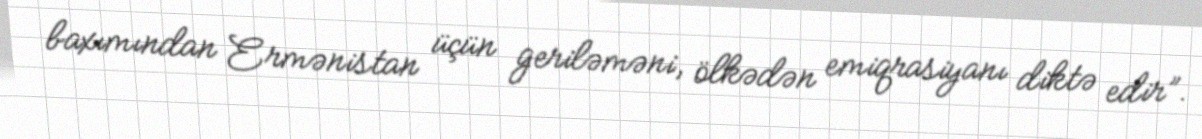
baxımından Ermənistan üçün geriləməni, ölkədən emiqrasiyanı diktə edir”.